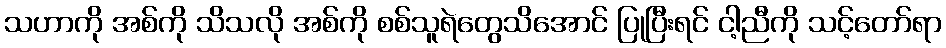
သဟာကို အစ်ကို သိသလို အစ်ကို စစ်သူရဲတွေသိအောင် ပြုပြီးရင် ငါ့ညီကို သင့်တော်ရာ